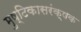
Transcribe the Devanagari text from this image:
मुष्टिकासरंक्षक